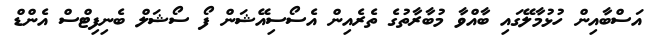
އަސްބާއިން ހުޅުމާލޭގައި ބާއްވާ މުބާރާތުގެ ތެރެއިން އެސޯސިއޭޝަން ފޯ ސޯޝަލް ބެނިފިޓްސް އެންޑް